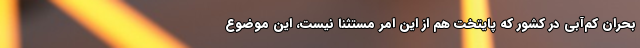
بحران کم‌آبی در کشور که پایتخت هم از این امر مستثنا نیست، این موضوع